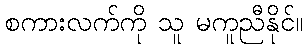
စကားလက်ကို သူ မကူညီနိုင်။